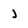
Character: j